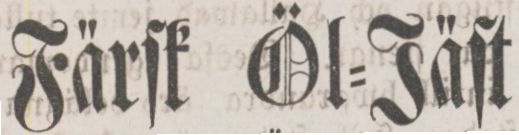
Färſk Öl=Jäſt